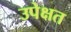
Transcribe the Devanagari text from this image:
उपेक्षत